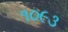
૧૦૯૩